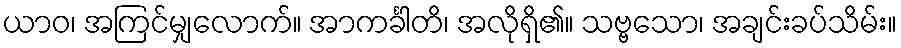
ယာဝ၊ အကြင်မျှလောက်။ အာကင်္ခါတိ၊ အလိုရှိ၏။ သဗ္ဗသော၊ အချင်းခပ်သိမ်း။